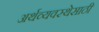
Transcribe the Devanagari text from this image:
अर्थव्यवस्थेसाठी